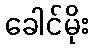
ခေါင်မိုး